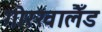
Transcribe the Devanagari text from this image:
गोरखालैँड